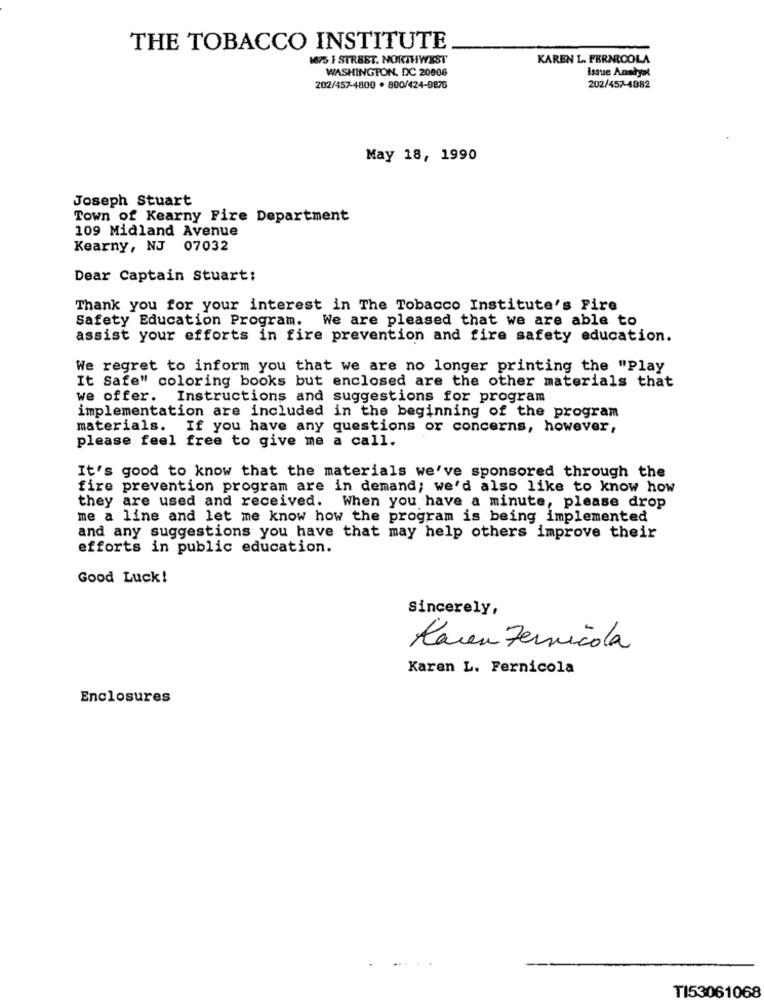
THE TOBACCO INSTITUTE
175 I STREET. NORTHWEST
KAREN L. FERNICOLA
WASHINGTON, DC 20006
issue Analyst
202/457-4800 . 800/424-9876
202/457-4882
May 18, 1990
Joseph Stuart
Town of Kearny Fire Department
109 Midland Avenue
Kearny, NJ 07032
Dear Captain Stuart:
Thank you for your interest in The Tobacco Institute's Fire
Safety Education Program.
We are pleased that we are able to
assist your efforts in fire prevention and fire safety education.
We regret to inform you that we are no longer printing the "Play
It Safe" coloring books but enclosed are the other materials that
we offer. Instructions and suggestions for program
implementation are included in the beginning of the program
materials. If you have any questions or concerns, however,
please feel free to give me a call.
It's good to know that the materials we've sponsored through the
fire prevention program are in demand; we'd also like to know how
they are used and received. When you have a minute, please drop
me a line and let me know how the program is being implemented
and any suggestions you have that may help others improve their
efforts in public education.
Good Luck!
Sincerely,
Karen Fernicola
Karen L. Fernicola
Enclosures
. ..
TI53061068